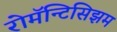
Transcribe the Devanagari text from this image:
रोमॅन्टिसिझम